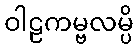
ဝါဠကမ္ဗလမ္ပိ